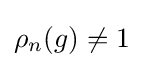
\rho _{n}(g)\neq 1